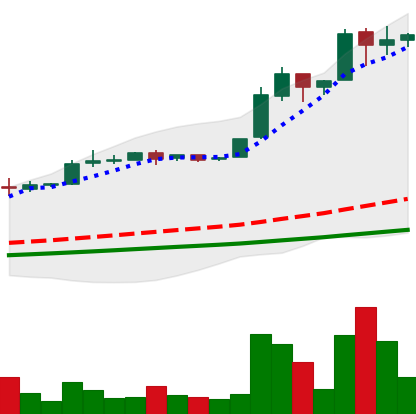
Ticker: BTC-USD
Chart end date: 2016-06-19
Forward return: -12.894%
Label: down_7plus